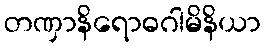
တဏှာနိရောဓဂါမိနိယာ